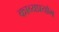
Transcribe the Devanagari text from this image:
काव्यप्रयोग